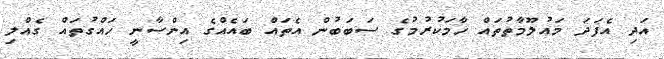
އަދި އެފަދަ މައުލޫމާތުތައް ހާމަކުރުމުގެ ސަބަބުން އެތައް ބައެއްގެ އިންސާނީ ހައްގުތައް ގެއްލި